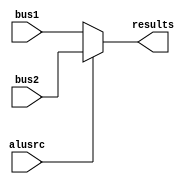
module mux2 #(parameter w = 32) (bus1,bus2,alusrc,results);
	input [w-1:0] bus1,bus2;
	input alusrc;
	output [w-1:0] results;
	assign results = (~alusrc) ? bus1 : bus2;
endmodule